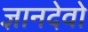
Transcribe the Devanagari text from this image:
ज्ञानदेवो